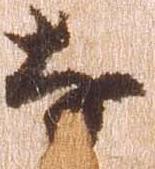
な